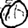
Digit: 0